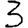
Digit: 3